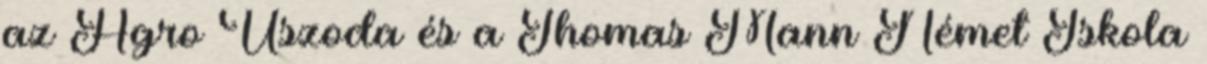
az Agro Uszoda és a Thomas Mann Német Iskola